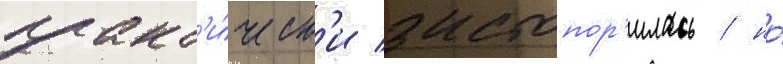
практ'и́ческ'и застопор'илась / но́